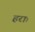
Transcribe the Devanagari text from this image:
हराः